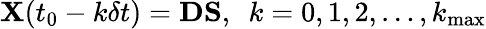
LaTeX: {\mathbf X}(t_{0}-k\delta t)={\mathbf D}{\mathbf S},~~k=0,1,2,\ldots,k_{\mathrm{max}}